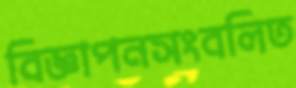
বিজ্ঞাপনসংবলিত